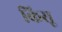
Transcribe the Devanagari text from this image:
किसू